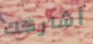
أشاركك